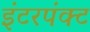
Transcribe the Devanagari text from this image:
इंटरपंक्ट